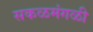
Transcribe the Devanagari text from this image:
सकळमंगळी